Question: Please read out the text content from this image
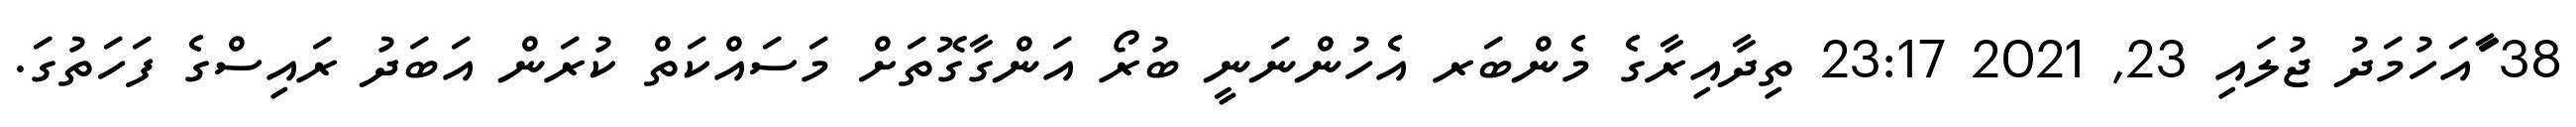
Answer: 38 ާައަހުމަދު ޖުލައި 23, 2021 23:17 ތިދާއިރާގެ މެންބަރ އެހުންނަނީ ބުރޯ އަންގާގޮތަށް މަސައްކަތް ކުރަން އަބަދު ރައިސްގެ ފަހަތުގަ.